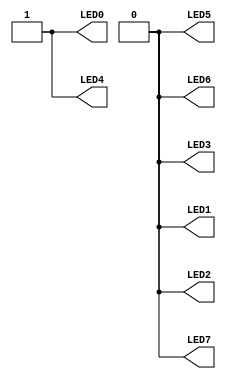
//---------------------------------------------------------------------------
//--			:	A4_Led1.v
//--			:	ZIRCON
//--			:	LED
//--		:	2014-1-1
//---------------------------------------------------------------------------
module A4_Led1				//1
(	
	//
	LED0,LED1,LED2,LED3,LED4,LED5,LED6,LED7
);

//---------------------------------------------------------------------------
//--	
//---------------------------------------------------------------------------
output	LED0,LED1,LED2,LED3,LED4,LED5,LED6,LED7;
	
//---------------------------------------------------------------------------
//--		
//---------------------------------------------------------------------------
assign LED0 = 1'b1;	//LED01'b0,1'b0
assign LED1 = 1'b0;	//1'b0,0
assign LED2 = 1'b0;	//1'b01032'd0
assign LED3 = 1'b0;	//32
assign LED4 = 1'b1;	//1'b032'd0
assign LED5 = 1'b0;	//
assign LED6 = 1'b0;	//
assign LED7 = 1'b0;	//
	
endmodule					//

//module A4_Led1		//2
//(
//	LED					//
//);
//	output	[7:0] LED;	
//	//LED[0]=1'b1,LED[1]=1'b0,LED[2]=1'b0,LED[3]=1'b0,
//	//LED[4]=1'b1,LED[5]=1'b0,LED[6]=1'b0,LED[7]=1'b0,
//	assign LED = 8'b0001_0001;  
//    
//endmodule				//
//
//